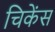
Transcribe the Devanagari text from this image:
चिकेंस